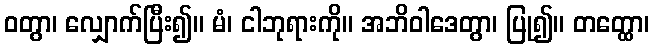
ဝတွာ၊ လျှောက်ပြီး၍။ မံ၊ ငါဘုရားကို။ အဘိဝါဒေတွာ၊ ပြု၍။ တတ္ထော၊